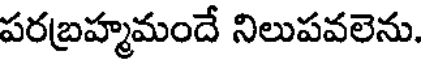
పరబ్రహ్మమందే నిలుపవలెను.